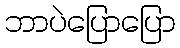
ဘာပဲပြောပြော